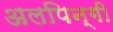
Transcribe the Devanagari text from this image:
अलपिन्गी